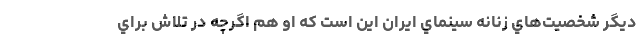
ديگر شخصيت‌هاي زنانه سينماي ايران اين است که او هم اگرچه در تلاش براي